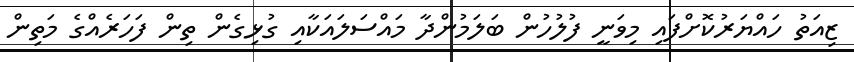
ޒިއަތު ހައްޔަރުކޮށްފައި މިވަނީ ފުލުހުން ބަލަމުންދާ މައްސަލައަކާއި ގުޅިގެން ތިން ފަހަރެއްގެ މަތިން